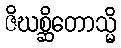
ဇိဃစ္ဆိတောသ္မိ